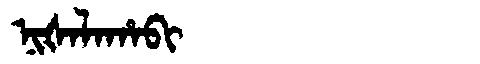
Manchu: ᠨᡳᡧᠠᠯᠠᡥᠠᠪᡳ
Romanization: NIŠALAHABI